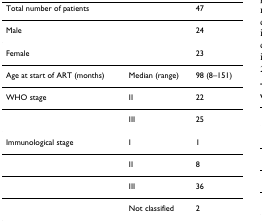
<table><thead><tr><td><b>Total number of patients</b></td><td></td><td><b>47</b></td></tr></thead><tbody><tr><td>Male</td><td></td><td>24</td></tr><tr><td>Female</td><td></td><td>23</td></tr><tr><td>Age at start of ART (months)</td><td>Median (range)</td><td>98 (8–151)</td></tr><tr><td>WHO stage</td><td>II</td><td>22</td></tr><tr><td></td><td>III</td><td>25</td></tr><tr><td>Immunological stage</td><td>I</td><td>1</td></tr><tr><td></td><td>II</td><td>8</td></tr><tr><td></td><td>III</td><td>36</td></tr><tr><td></td><td>Not classified</td><td>2</td></tr></tbody></table>